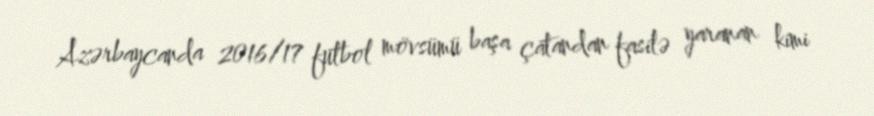
Azərbaycanda 2016/17 futbol mövsümü başa çatandan fasilə yaranan kimi